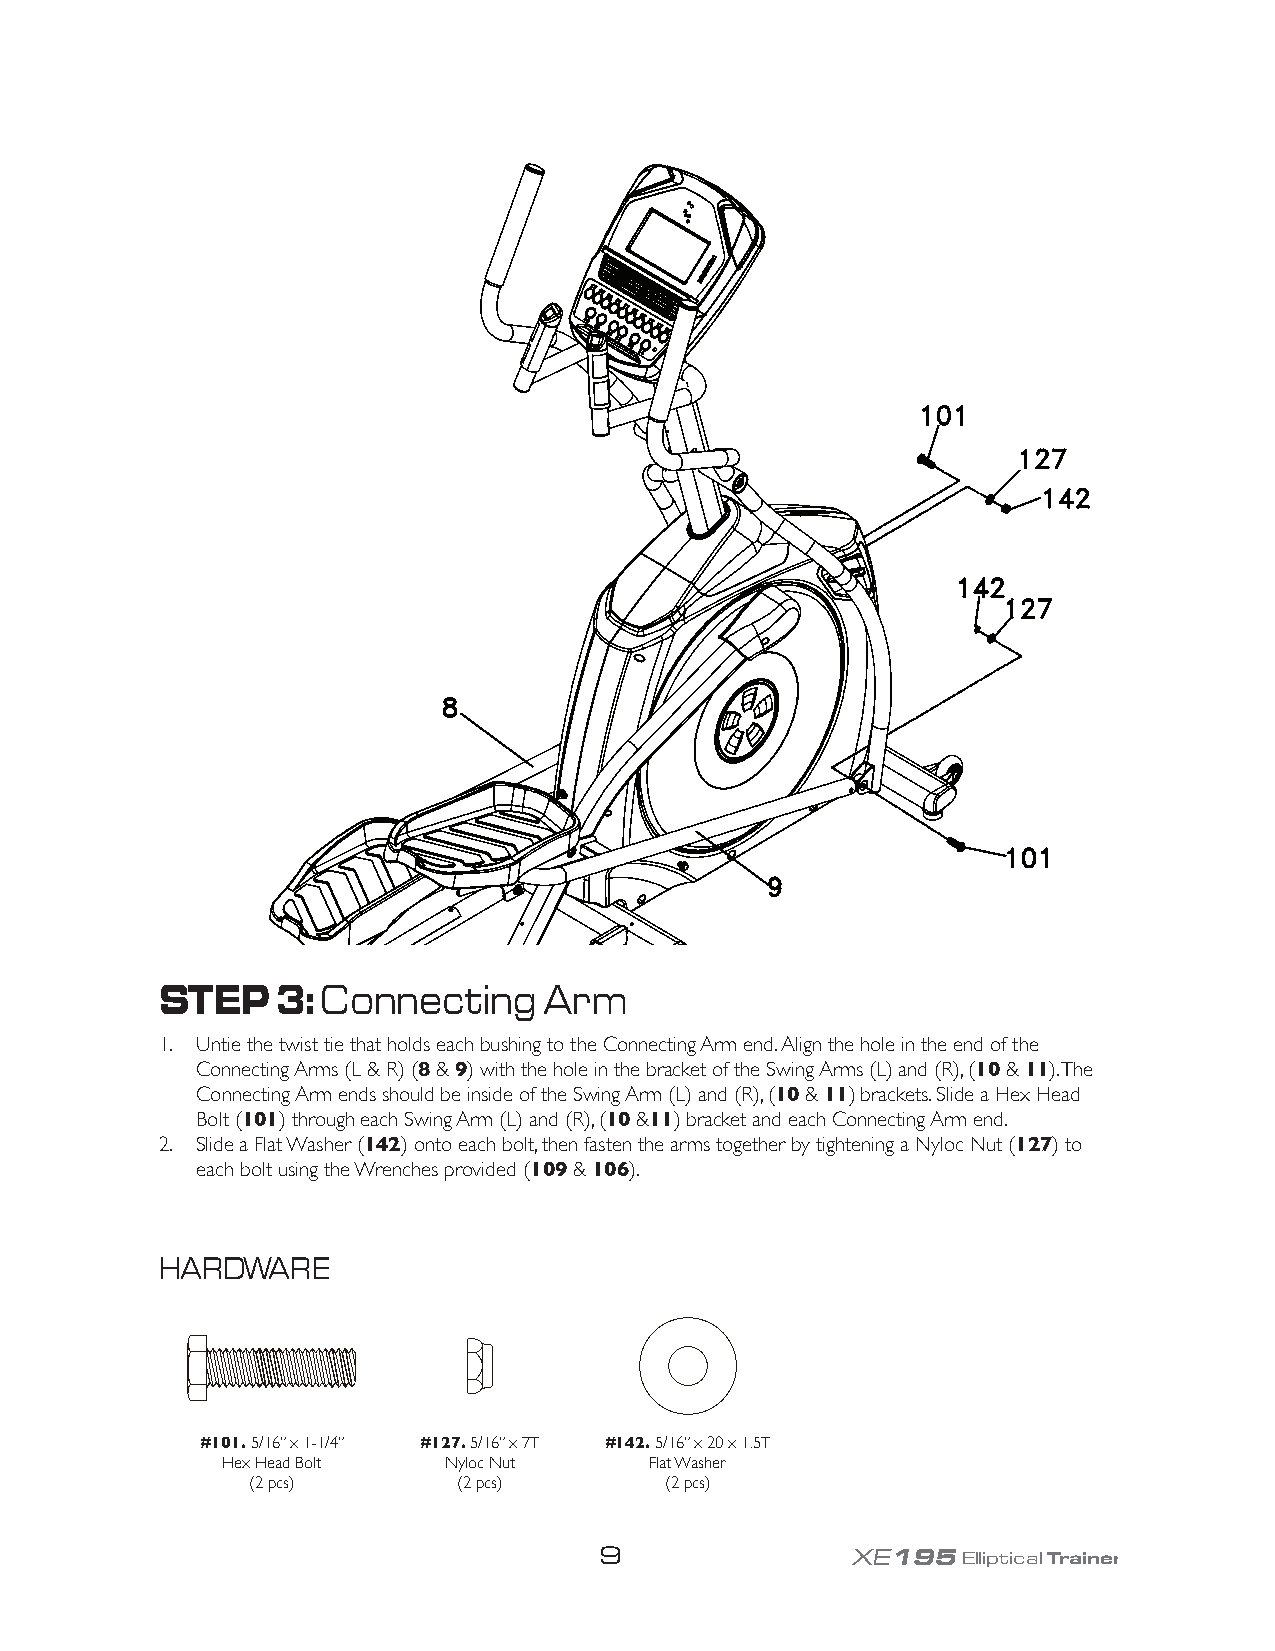
STEP   3: Connecting     Arm
 1. Untie the twist tie that holds each bushing to the Connecting Arm end. Align the hole in the end of the
 Connecting Arms (L & R) (8 & 9) with the hole in the bracket of the Swing Arms (L) and (R), (10 & 11). The
 Connecting Arm ends should be inside of the Swing Arm (L) and (R), (10 & 11) brackets. Slide a Hex Head
 Bolt (101) through each Swing Arm (L) and (R), (10 &11) bracket and each Connecting Arm end.
 2. Slide a Flat Washer (142) onto each bolt, then fasten the arms together by tightening a Nyloc Nut (127) to
 each bolt using the Wrenches provided (109 & 106).
 HARDWARE
 #101. 5/16” x 1-1/4” #127. 5/16” x 7T #142. 5/16” x 20 x 1.5T
 Hex Head Bolt Nyloc Nut     Flat Washer
 (2 pcs)       (2 pcs)       (2 pcs)
 9               XE195Elliptical Trainer